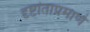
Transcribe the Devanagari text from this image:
दृष्टांताप्रमाणे